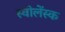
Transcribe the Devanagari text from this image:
स्वोलेंस्क